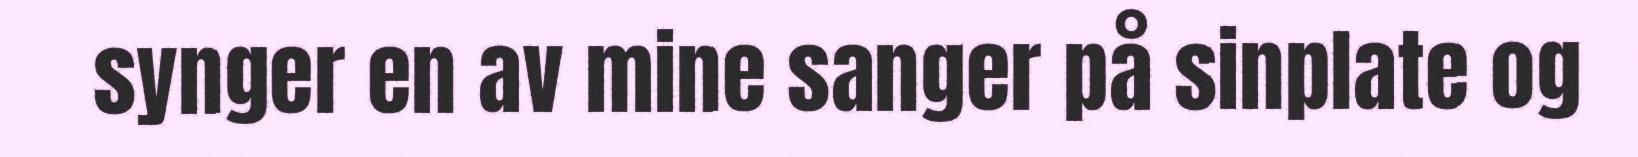
synger en av mine sanger på sinplate og